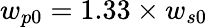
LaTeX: w_{p0}=1.33\times w_{s0}